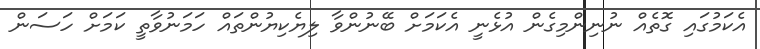
އެކަމުގައި ގޮތެއް ނުނިންމިގެން އުޅެނީ އެކަމަށް ބޭނުންވާ ލިޔެކިޔުންތައް ހަމަނުވާތީ ކަމަށް ހަސަން